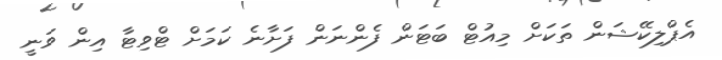
އެޕްލިކޭޝަން ތަކަށް މިއުޓް ބަޓަން ފެންނަން ފަށާނެ ކަމަށް ޓްވިޓާ އިން ވަނީ